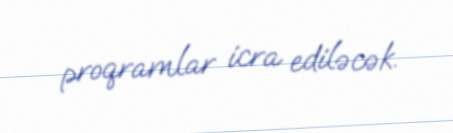
proqramlar icra ediləcək.